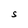
Character: S